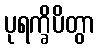
ပုရက္ခိပိတွာ